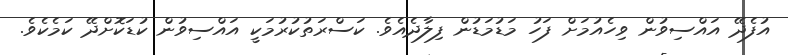
އުފެދޭ އައްސިވުން ވިހެއުމަށް ފަހު މަޑުމަޑުން ފިލާދެއެވެ. ކަސްރަތުކުރުމަކީ އައްސިވުން ކުޑަކޮށްދޭ ކަމެކެވެ.